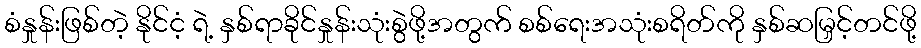
စံနှုန်းဖြစ်တဲ့ နိုင်ငံ့ ရဲ့ နှစ်ရာခိုင်နှုန်းသုံးစွဲဖို့အတွက် စစ်ရေးအသုံးစရိတ်ကို နှစ်ဆမြှင့်တင်ဖို့